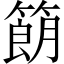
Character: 𬕨